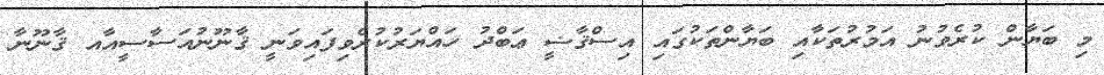
މި ބަޔާން ކުރެވުނު އަމުރުތަކާއި ބަޔާންތަކުގައި އިސްޤާޟީ ޢަބްދު ހައްޔަރުކުރެވިފައިވަނީ ޤާނޫނުއަސާސީއާއ ޤާނޫނާ